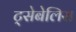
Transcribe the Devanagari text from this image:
ट्सेबेलिस